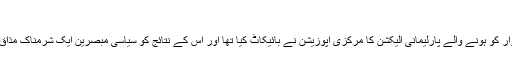
(18.09.2016)
بیلاروس میں کل اتوار کو ہونے والے پارلیمانی الیکشن کا مرکزی اپوزیشن نے بائیکاٹ کیا تھا اور اس کے نتائج کو سیاسی مبصرین ایک شرمناک مذاق قرار دے رہے ہیں۔